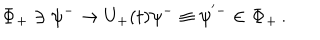
{ \mathbf \Phi } _ { + } \ni \psi ^ { - } \to U _ { + } ( t ) \psi ^ { - } \equiv \psi ^ { ' - } \in { \mathbf \Phi } _ { + } \, .